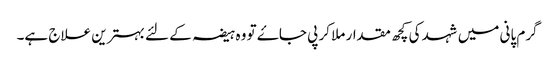
گرم پانی میں شہد کی کچھ مقدار ملا کر پی جاۓ تو وہ ہیضہ کے لئے بہترین علاج ہے۔